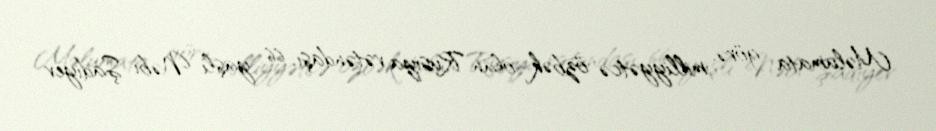
Məlumata görə, milliyyətcə özbək olan Rusiya vətəndaşı, 66 yaşlı Nəbi Şadiyev